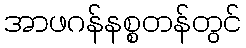
အာဖဂန်နစ္စတန်တွင်